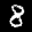
Label: 8